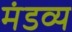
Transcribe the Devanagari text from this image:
मंडव्य